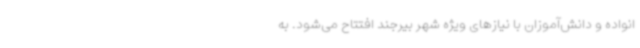
انواده و دانش‌آموزان با نیازهای ویژه شهر بیرجند افتتاح می‌شود. به